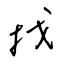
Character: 找